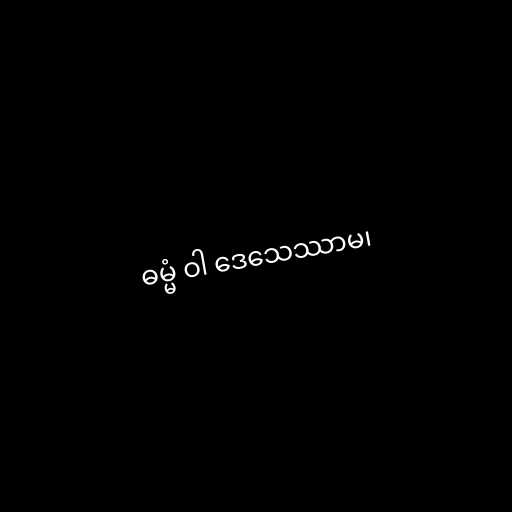
ဓမ္မံ ဝါ ဒေသေဿာမ၊